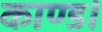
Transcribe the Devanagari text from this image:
काण्ड।